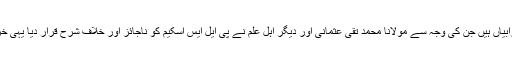
چنانچہ جمہور علماء کرام نے غور کیا تو یہ تینوں بنیادی خرابیاں ہیں جن کی وجہ سے مولانا محمد تقی عثمانی اور دیگر اہل علم نے پی ایل ایس اسکیم کو ناجائز اور خلاف شرح قرار دیا یہی خرابیاں بدرجہ اتم مروجہ اسلامی بینکاری میں بھی موجود ہیں۔